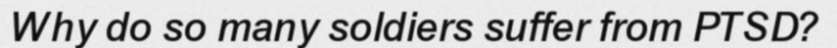
Why do so many soldiers suffer from PTSD?